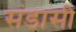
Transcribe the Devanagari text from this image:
संडासी